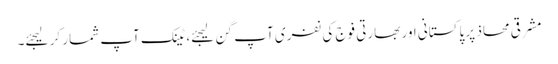
مشرقی محاذ پر پاکستانی اور بھارتی فوج کی نفری آپ گن لیجئے، ٹینک آپ شمار کر لیجئے۔